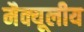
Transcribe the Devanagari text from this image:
मैक्यूलीय